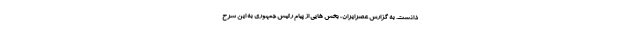
دانست. به گزارش عصرایران، بخش هایی از پیام رئیس جمهوری به این شرح